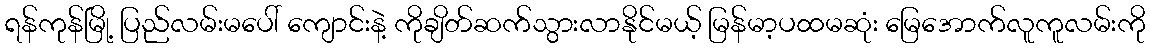
ရန်ကုန်မြို့ ပြည်လမ်းမပေါ် ကျောင်းနဲ့ ကိုချိတ်ဆက်သွားလာနိုင်မယ့် မြန်မာ့ပထမဆုံး မြေအောက်လူကူလမ်းကို